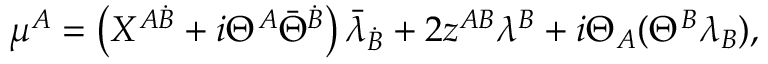
\mu ^ { A } = \left( X ^ { A \dot { B } } + i \Theta ^ { A } \bar { \Theta } ^ { \dot { B } } \right) \bar { \lambda } { } _ { { \dot { B } } } + 2 z ^ { A B } \lambda ^ { B } + i \Theta _ { A } ( \Theta ^ { B } \lambda _ { B } ) ,